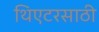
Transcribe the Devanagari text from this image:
थिएटरसाठी